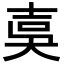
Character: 𡔣